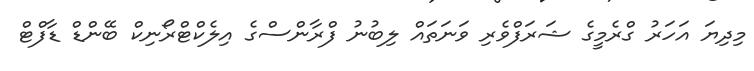
މިދިޔަ އަހަރު ގްރެމީގެ ޝަރަފްވެރި ވަނަތައް ލިބުނު ފްރާންސްގެ އިލެކްޓްރޯނިކް ބޭންޑް ޑާފްޓް